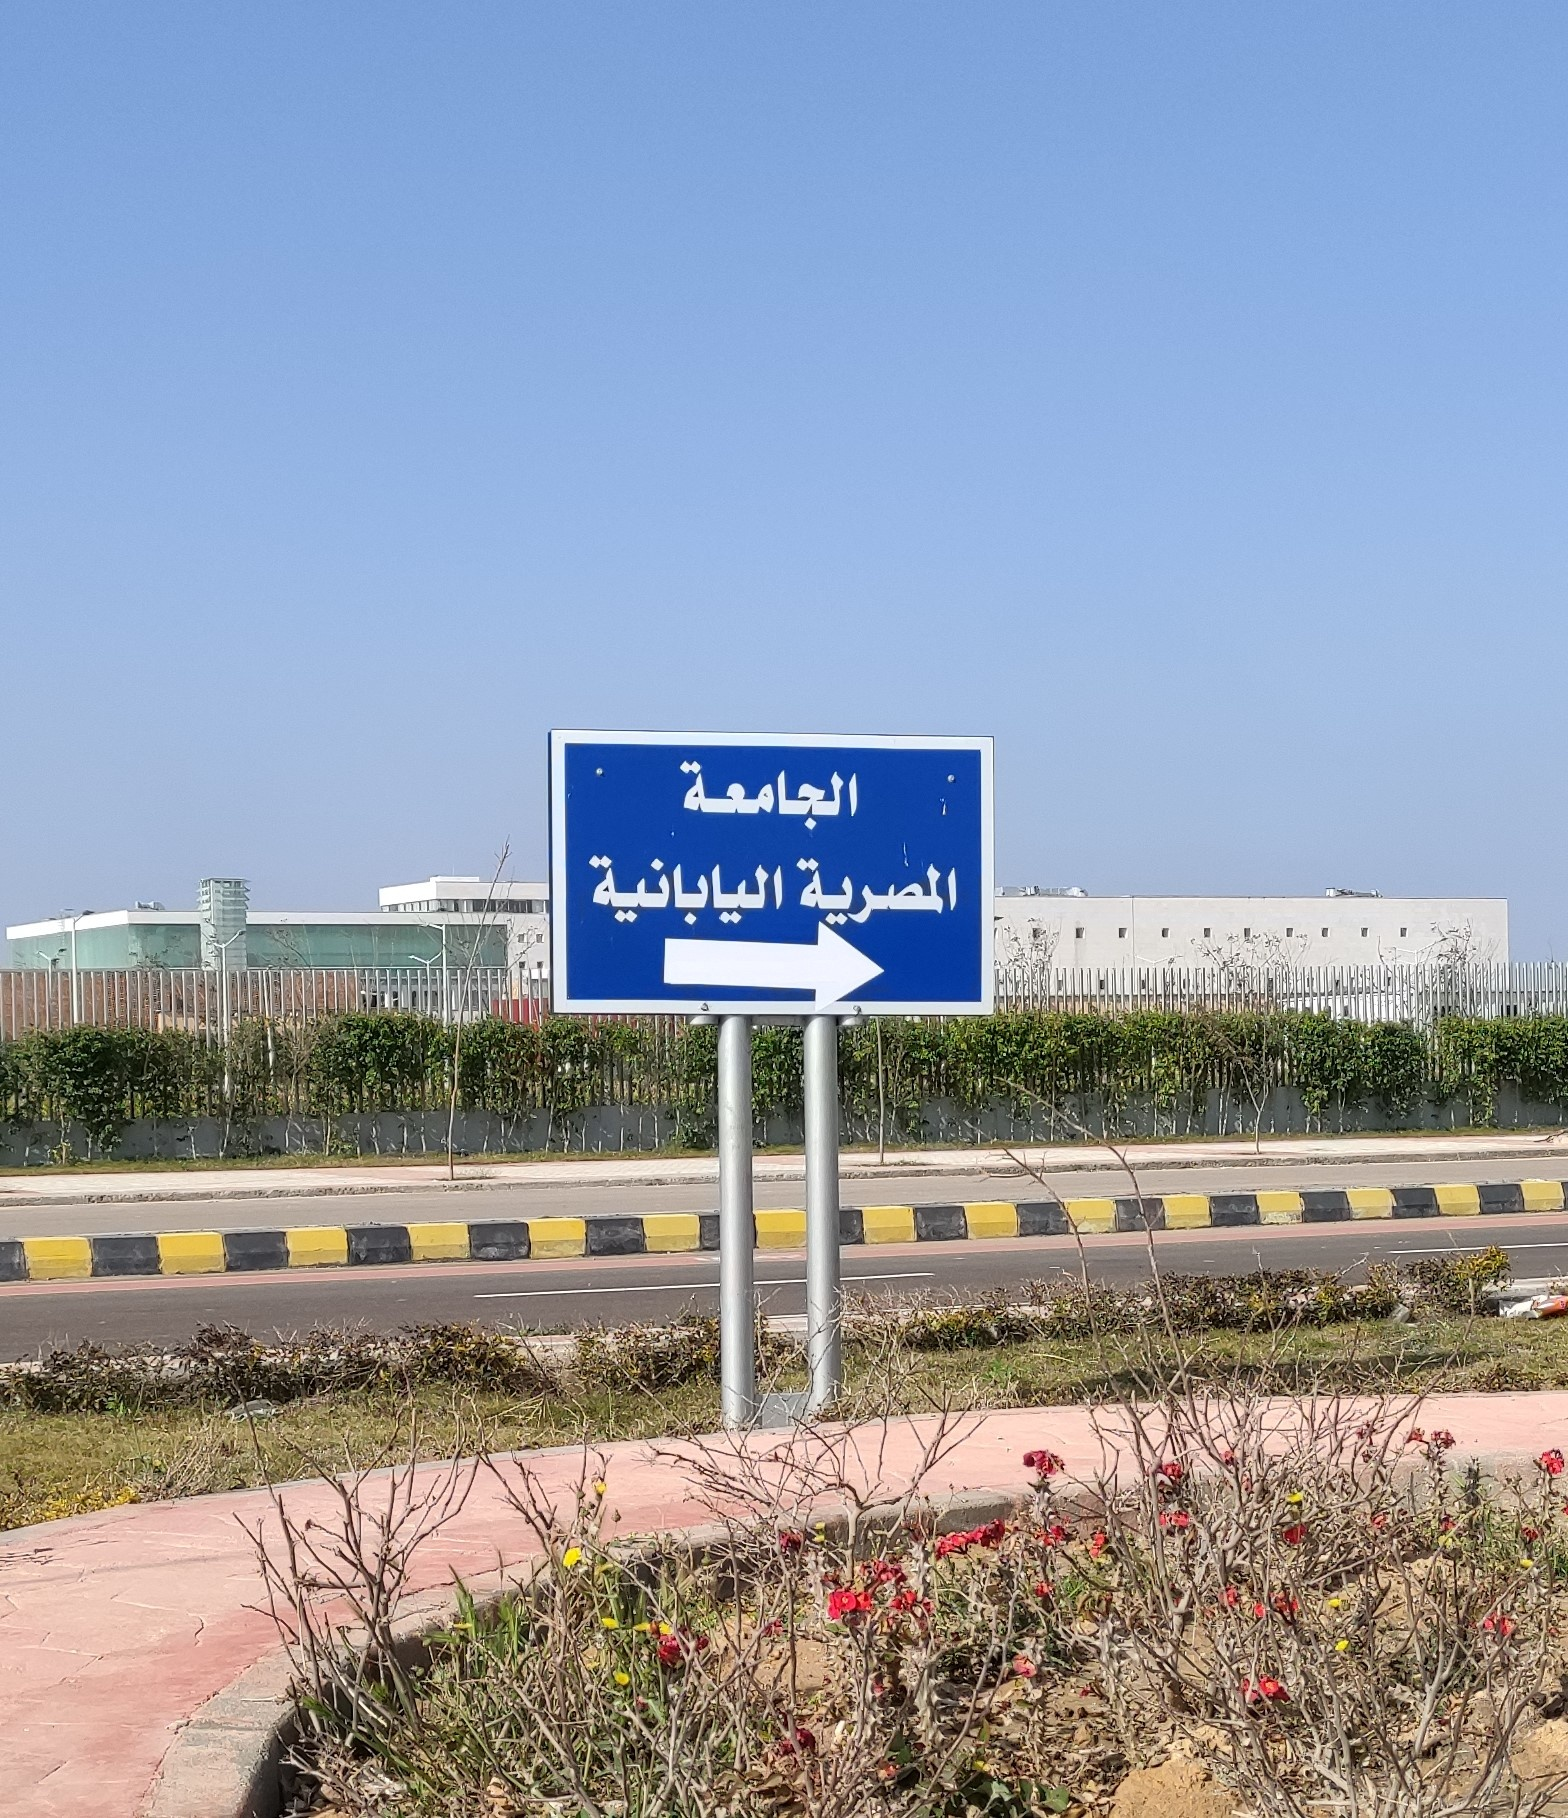
Text in image: الجامعة اليابانية المصرية